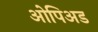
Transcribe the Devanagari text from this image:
ओपिअड